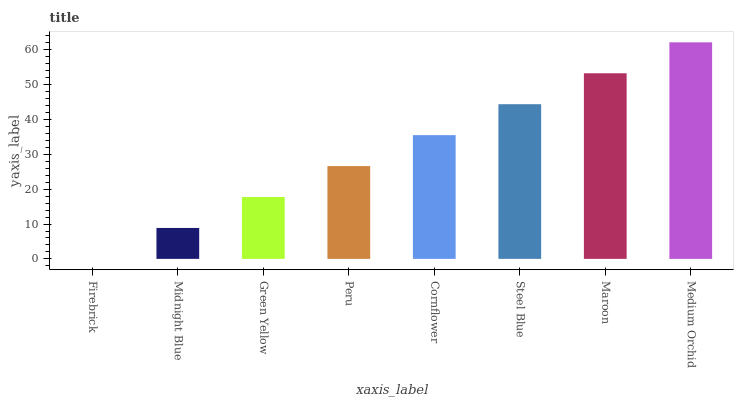
| xaxis_label | bars |
 | --- | --- |
 | Firebrick | 0 |
 | Midnight Blue | 8.88 |
 | Green Yellow | 17.8 |
 | Peru | 26.6 |
 | Cornflower | 35.5 |
 | Steel Blue | 44.4 |
 | Maroon | 53.3 |
 | Medium Orchid | 62.2 |